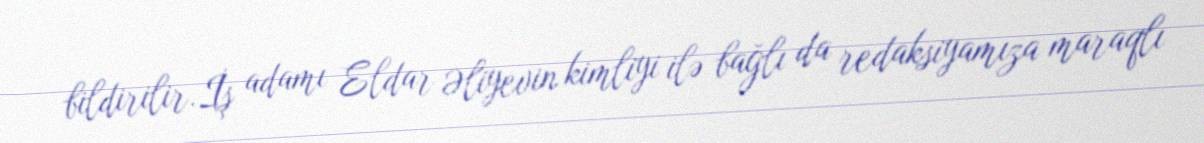
bildirilir.İş adamı Eldar Əliyevin kimliyi ilə bağlı da redaksiyamıza maraqlı